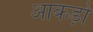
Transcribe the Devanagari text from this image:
आकड़ो